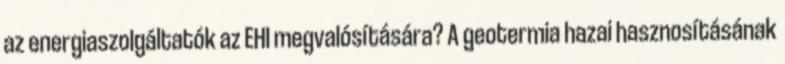
az energiaszolgáltatók az EHI megvalósítására? A geotermia hazai hasznosításának